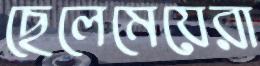
ছেলেমেয়েরা